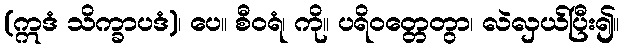
(ဣဒံ သိက္ခာပဒံ)၊ ပေ။ စီဝရံ၊ ကို။ ပရိဝတ္တေတွာ၊ လဲလှယ်ပြီး၍။